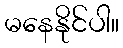
မနေနိုင်ပါ။